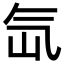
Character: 氙